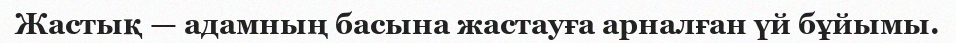
Жастық — адамның басына жастауға арналған үй бұйымы.